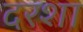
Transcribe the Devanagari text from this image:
दरशा